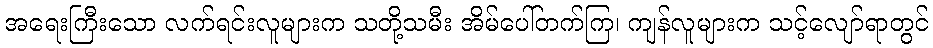
အရေးကြီးသော လက်ရင်းလူများက သတို့သမီး အိမ်ပေါ်တက်ကြ၊ ကျန်လူများက သင့်လျော်ရာတွင်